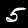
Digit: 5